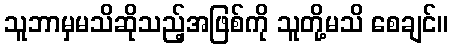
သူဘာမှမသိဆိုသည့်အဖြစ်ကို သူတို့မသိ စေချင်။